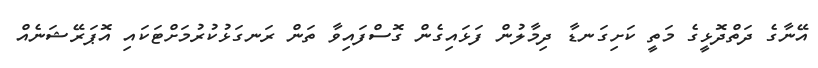
އޭނާގެ ދަތްދޮޅީގެ މަތީ ކަށިގަނޑާ ދިމާލުން ފަޅައިގެން ގޮސްފައިވާ ތަން ރަނގަޅުކުރުމަށްޓަކައި އޮޕަރޭޝަނެއް